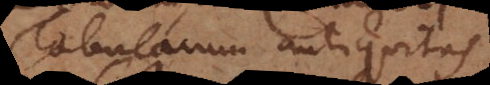
Tabularum antiquitas.